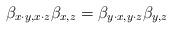
LaTeX: \begin{align*}\beta_{x\cdot y,x\cdot z}\beta_{x,z}=\beta_{y\cdot x,y\cdot z}\beta_{y,z}\end{align*}